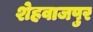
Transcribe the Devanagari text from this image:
शेहवाजपुर